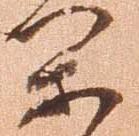
閑